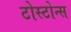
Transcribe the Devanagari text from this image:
टोस्टोन्स